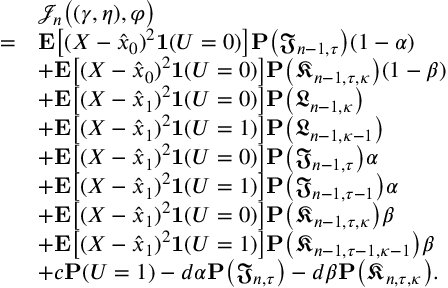
\begin{array} { r l } & { \mathcal { J } _ { n } \big ( ( \gamma , \eta ) , \varphi \big ) } \\ { = } & { \mathbf { E } \big [ ( X - \hat { x } _ { 0 } ) ^ { 2 } \mathbf { 1 } ( U = 0 ) \big ] \mathbf { P } \big ( \mathfrak { J } _ { n - 1 , \tau } \big ) ( 1 - \alpha ) } \\ & { + \mathbf { E } \big [ ( X - \hat { x } _ { 0 } ) ^ { 2 } \mathbf { 1 } ( U = 0 ) \big ] \mathbf { P } \big ( \mathfrak { K } _ { n - 1 , \tau , \kappa } \big ) ( 1 - \beta ) } \\ & { + \mathbf { E } \big [ ( X - \hat { x } _ { 1 } ) ^ { 2 } \mathbf { 1 } ( U = 0 ) \big ] \mathbf { P } \big ( \mathfrak { L } _ { n - 1 , \kappa } \big ) } \\ & { + \mathbf { E } \big [ ( X - \hat { x } _ { 1 } ) ^ { 2 } \mathbf { 1 } ( U = 1 ) \big ] \mathbf { P } \big ( \mathfrak { L } _ { n - 1 , \kappa - 1 } \big ) } \\ & { + \mathbf { E } \big [ ( X - \hat { x } _ { 1 } ) ^ { 2 } \mathbf { 1 } ( U = 0 ) \big ] \mathbf { P } \big ( \mathfrak { J } _ { n - 1 , \tau } \big ) \alpha } \\ & { + \mathbf { E } \big [ ( X - \hat { x } _ { 1 } ) ^ { 2 } \mathbf { 1 } ( U = 1 ) \big ] \mathbf { P } \big ( \mathfrak { J } _ { n - 1 , \tau - 1 } \big ) \alpha } \\ & { + \mathbf { E } \big [ ( X - \hat { x } _ { 1 } ) ^ { 2 } \mathbf { 1 } ( U = 0 ) \big ] \mathbf { P } \big ( \mathfrak { K } _ { n - 1 , \tau , \kappa } \big ) \beta } \\ & { + \mathbf { E } \big [ ( X - \hat { x } _ { 1 } ) ^ { 2 } \mathbf { 1 } ( U = 1 ) \big ] \mathbf { P } \big ( \mathfrak { K } _ { n - 1 , \tau - 1 , \kappa - 1 } \big ) \beta } \\ & { + c \mathbf { P } ( U = 1 ) - d \alpha \mathbf { P } \big ( \mathfrak { J } _ { n , \tau } \big ) - d \beta \mathbf { P } \big ( \mathfrak { K } _ { n , \tau , \kappa } \big ) . } \end{array}